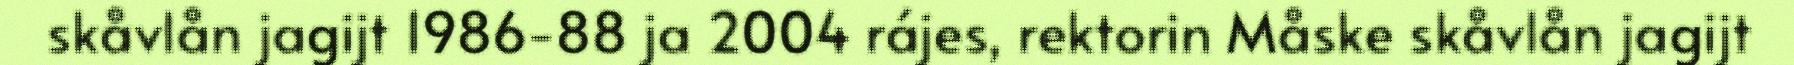
skåvlån jagijt 1986-88 ja 2004 rájes, rektorin Måske skåvlån jagijt